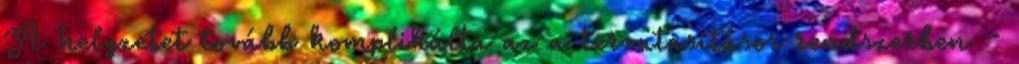
A helyzetet tovább komplikálta az a tervutasításos rendszerben -